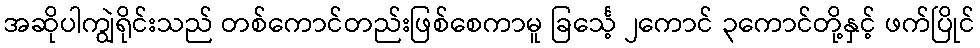
အဆိုပါကျွဲရိုင်းသည် တစ်ကောင်တည်းဖြစ်စေကာမူ ခြင်္သေ့ ၂ကောင် ၃ကောင်တို့နှင့် ဖက်ပြိုင်